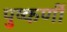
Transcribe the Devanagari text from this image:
पुष्कर्णी